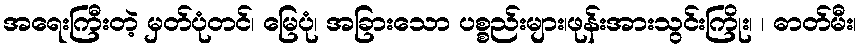
အရေးကြီးတဲ့ မှတ်ပုံတင်၊ မြေပုံ၊ အခြားသော ပစ္စည်းများ၊ဖုန်းအားသွင်းကြိုး၊ ၊ ဓာတ်မီး၊